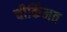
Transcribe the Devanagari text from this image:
चीकिंमत